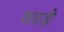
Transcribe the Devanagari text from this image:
कवाड़ी